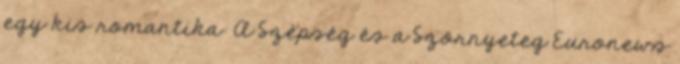
egy kis romantika: A Szépség és a Szörnyeteg Euronews